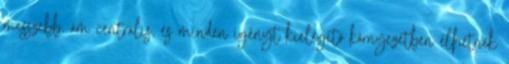
messzebb, ám centrális, és minden igényt kielégítő környezetben élhetnek